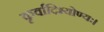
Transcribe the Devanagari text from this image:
कृर्वादिभ्योण्यः।